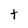
Character: t